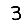
Digit: 3